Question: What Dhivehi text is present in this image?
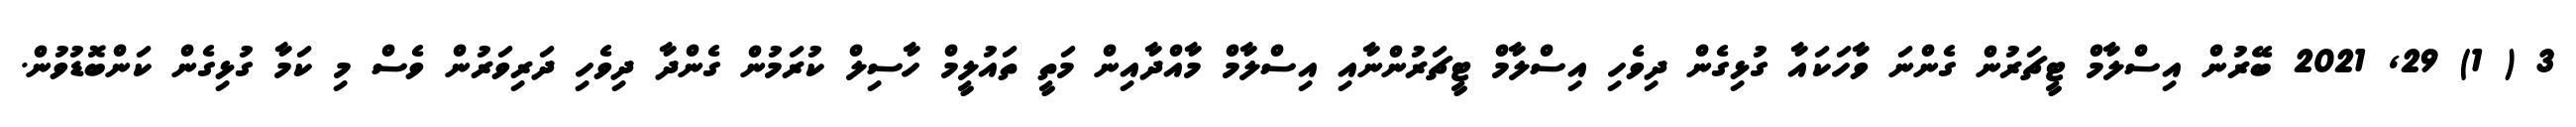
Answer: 3 ( 1) 29, 2021 ބޭރުން އިސްލާމް ޓީޗަރުން ގެންނަ ވާހަކައާ ގުޅިގެން ދިވެހި އިސްލާމް ޓީޗަރުންނާއި އިސްލާމް މާއްދާއިން މަތީ ތައުލީމް ހާސިލް ކުރަމުން ގެންދާ ދިވެހި ދަރިވަރުން ވެސް މި ކަމާ ގުޅިގެން ކަންބޮޑުވުން.